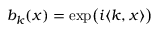
b _ { k } ( x ) = \exp \bigl ( i \langle k , x \rangle \bigr )